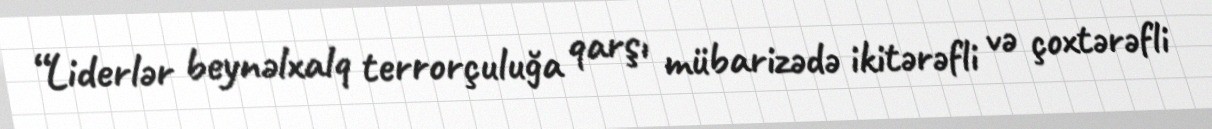
“Liderlər beynəlxalq terrorçuluğa qarşı mübarizədə ikitərəfli və çoxtərəfli